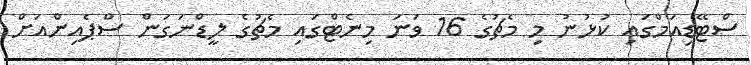
ސްޓޭޑިއަމްގައި ކުޅުނު މި މެޗުގެ 16 ވަނަ މިނެޓްގައި މެޗުގެ ލީޑްނަގަން ސްޕެއިންއަށް